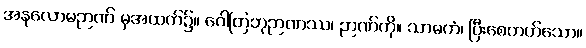
အနုလောမဉာဏ် မှအထက်၌။ ဂေါတြဘုဉာဏဿ၊ ဉာဏ်ကို။ သာဓကံ၊ ပြီးစေတတ်သော။